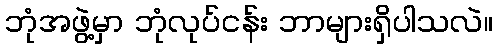
ဘုံအဖွဲ့မှာ ဘုံလုပ်ငန်း ဘာများရှိပါသလဲ။